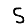
Digit: 5